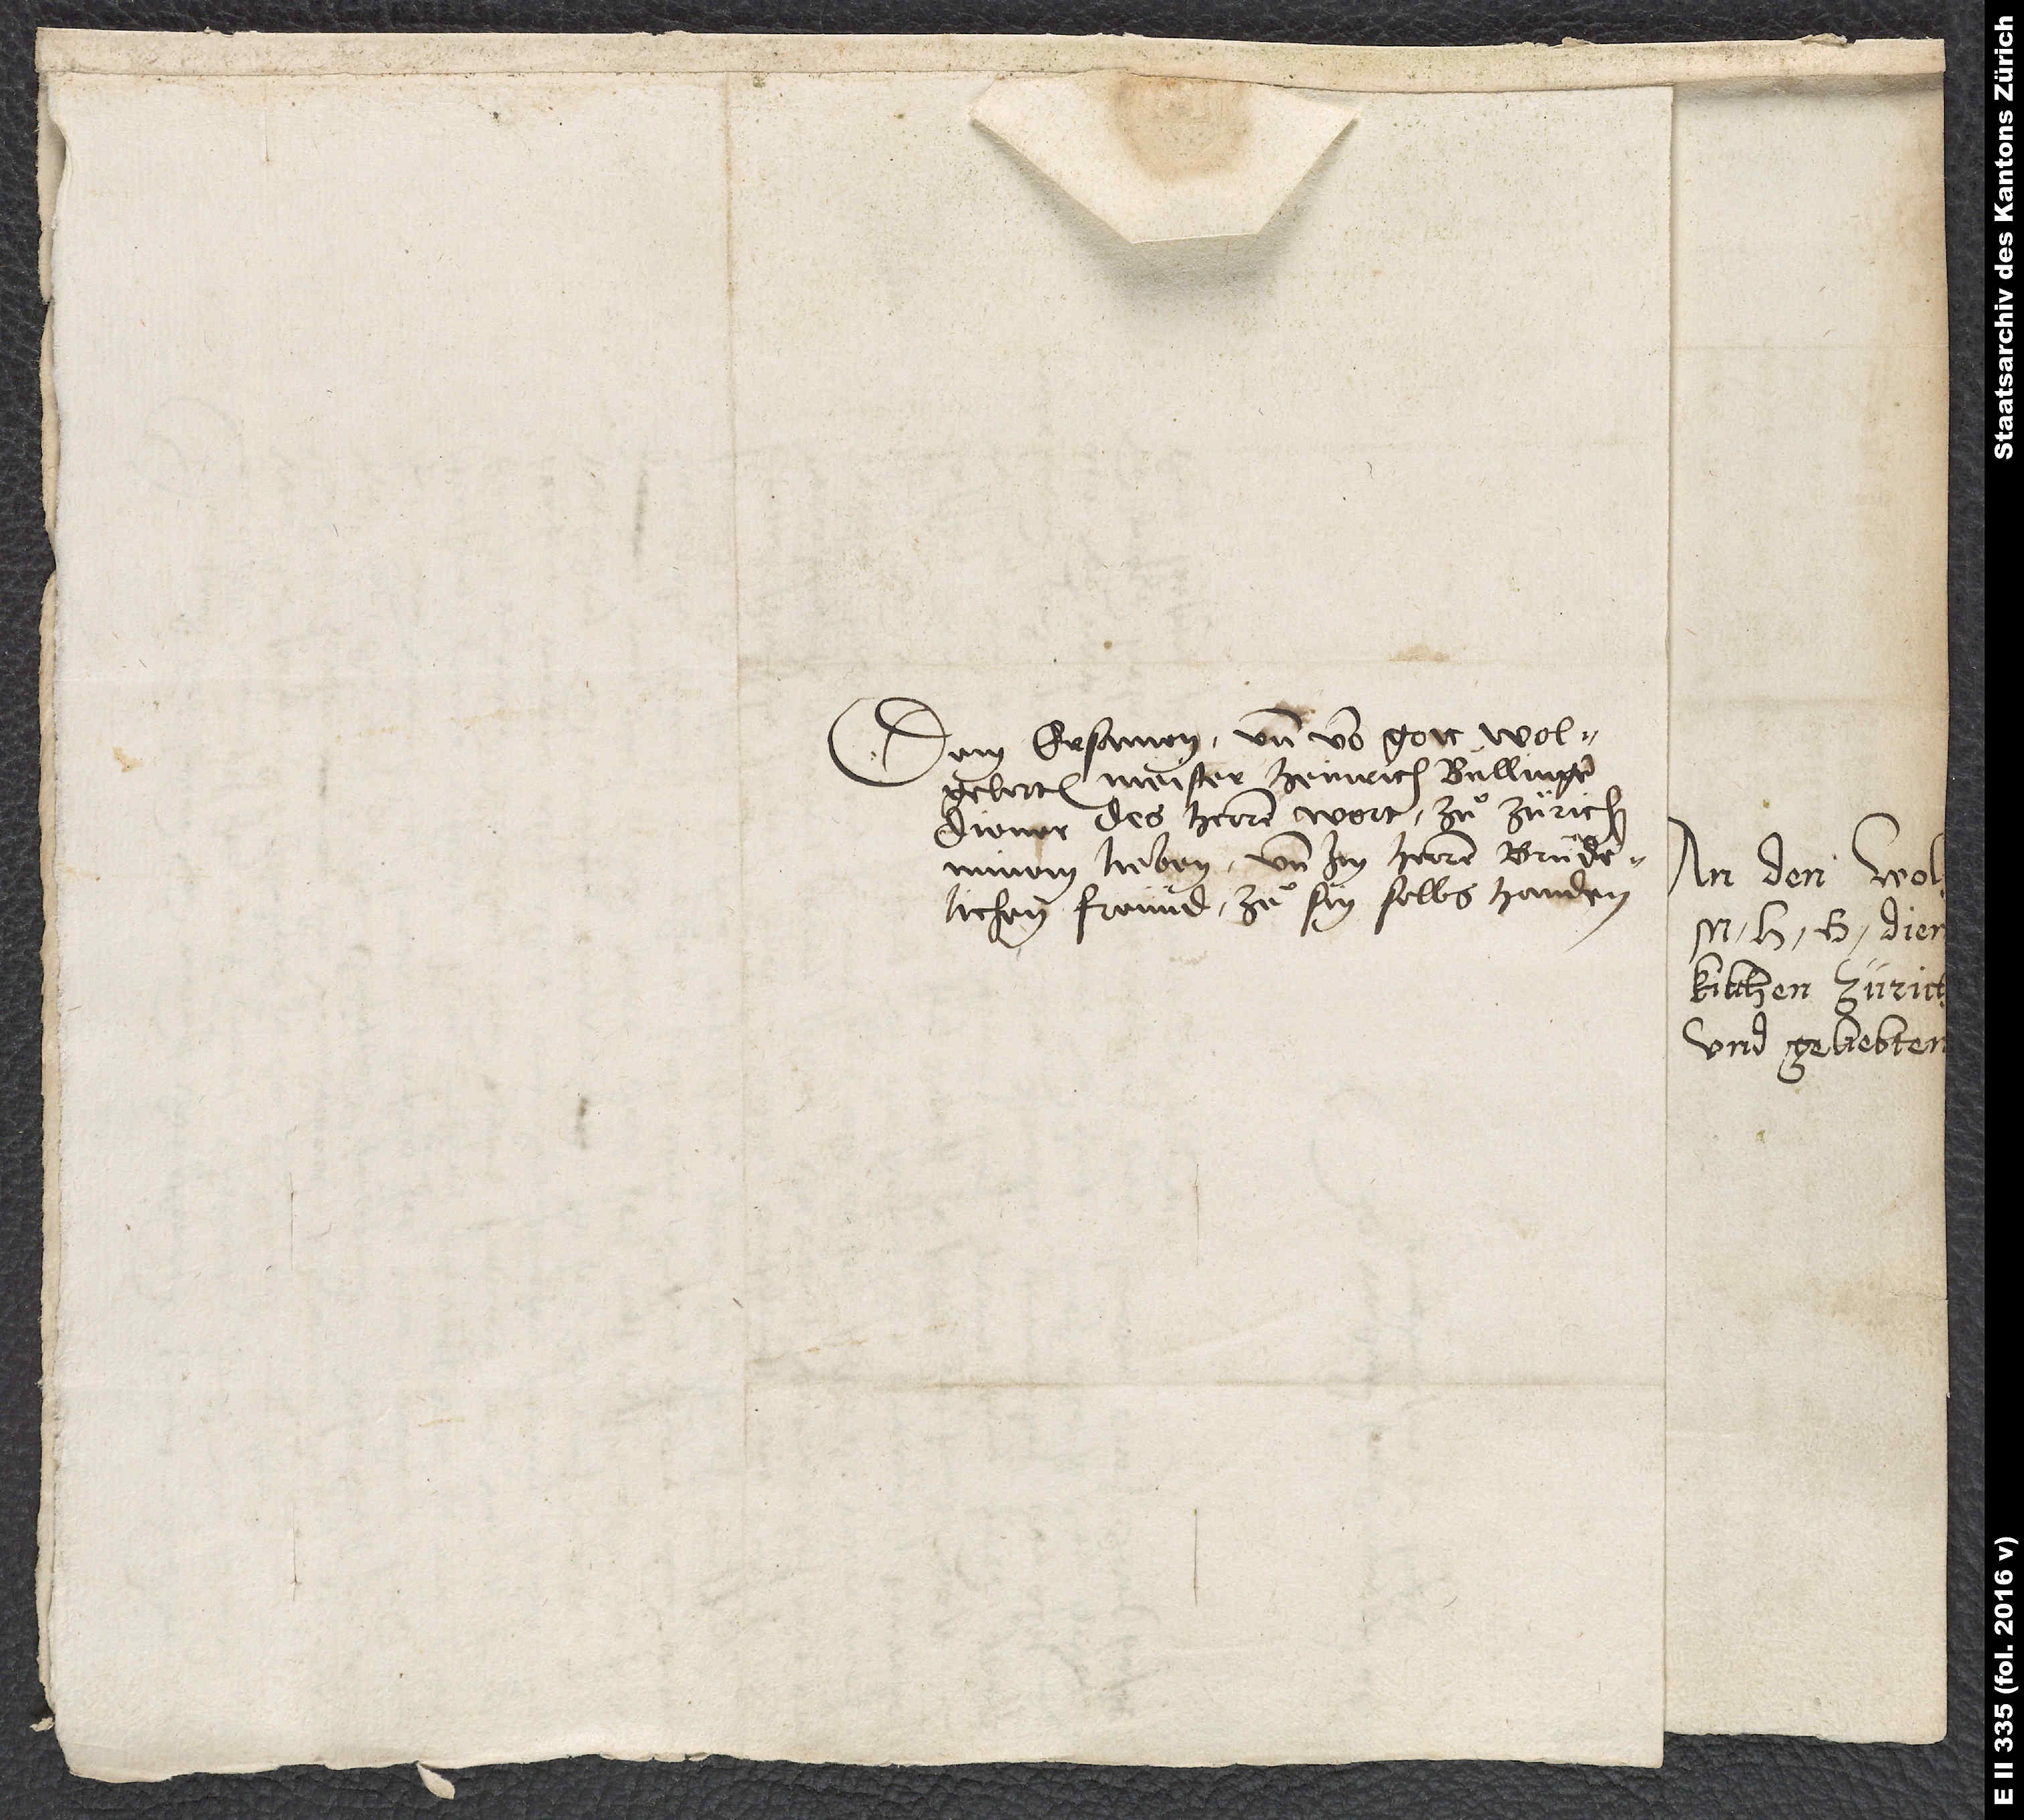
Dem ersamen und vor gott wolgelerten
Meister Heinrich Bullinger,
diener des herren wort zuͦ Zürich,
minem lieben und im herren brüderlichen
freund, zuͦ sin selbs handen.